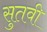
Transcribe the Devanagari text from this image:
सुतवी